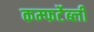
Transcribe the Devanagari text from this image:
कम्फर्टेब्ली